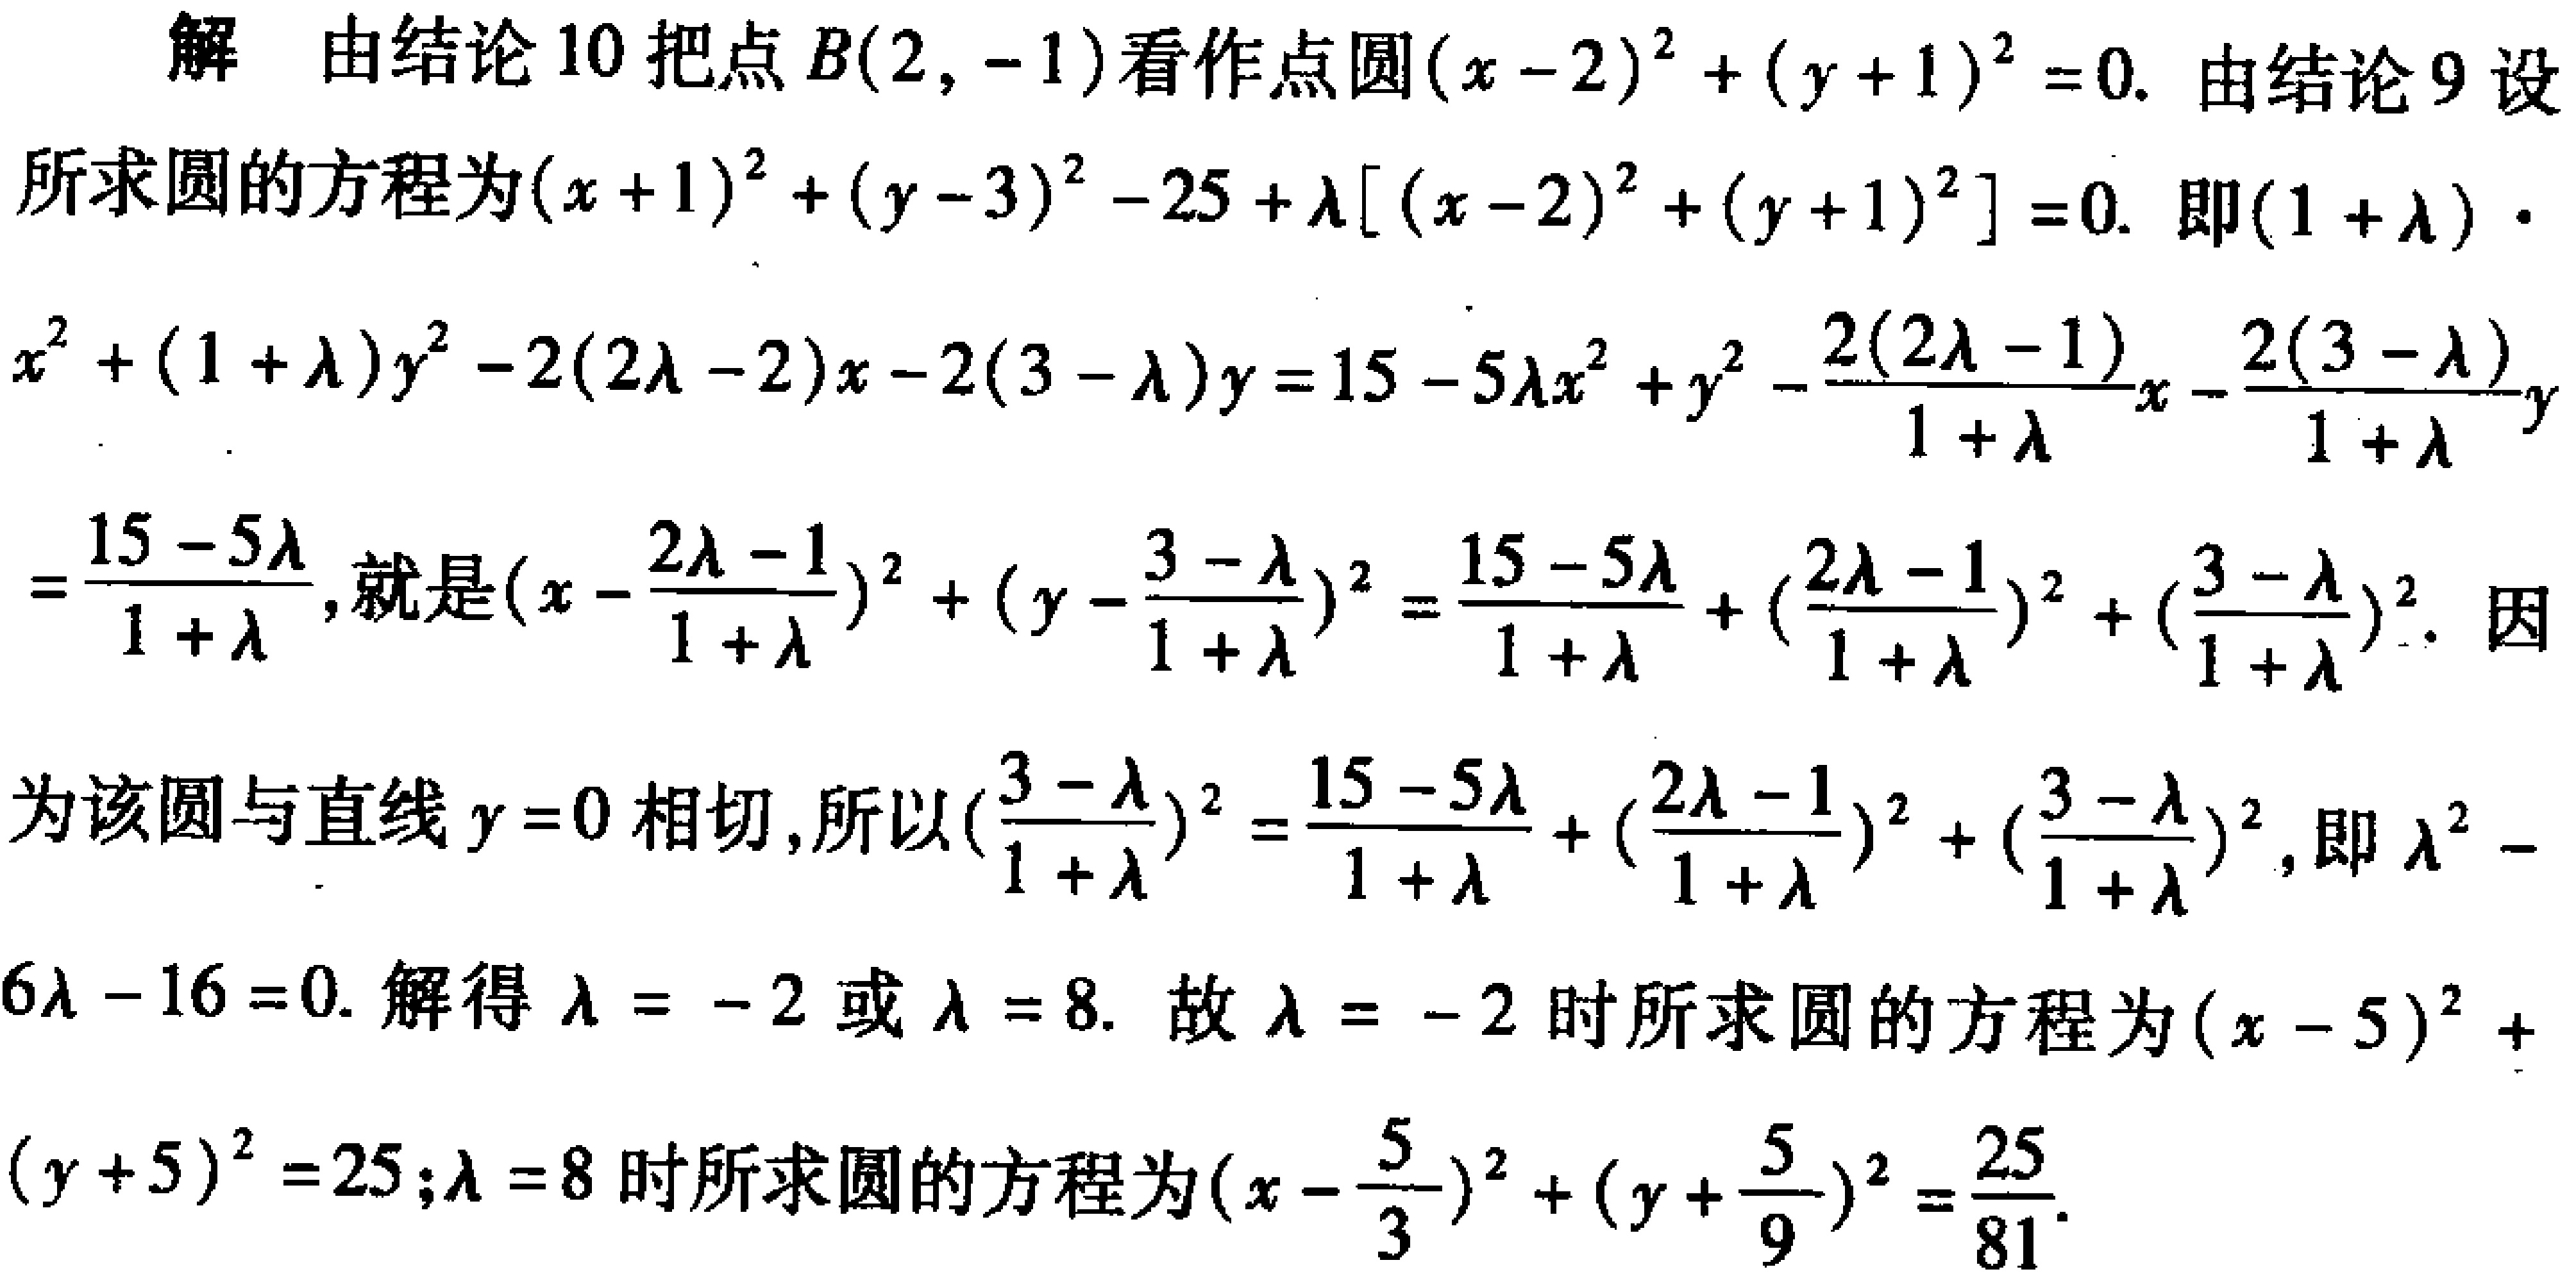
解 由结论 10 把点 \(B(2, -1)\) 看作点圆 \((x - 2)^2 + (y + 1)^2 = 0\). 由结论 9 设所求圆的方程为 \((x + 1)^2 + (y - 3)^2 - 25+\lambda[(x - 2)^2 + (y + 1)^2]=0\). 即 \((1 + \lambda)\cdot x^{2}+(1 + \lambda)y^{2}-2(2\lambda - 2)x - 2(3 - \lambda)y = 15 - 5\lambda x^{2}+y^{2}-\frac{2(2\lambda - 1)}{1 + \lambda}x-\frac{2(3 - \lambda)}{1 + \lambda}y=\frac{15 - 5\lambda}{1 + \lambda}\), 就是 \((x - \frac{2\lambda - 1}{1 + \lambda})^2+(y - \frac{3 - \lambda}{1 + \lambda})^2=\frac{15 - 5\lambda}{1 + \lambda}+(\frac{2\lambda - 1}{1 + \lambda})^2+(\frac{3 - \lambda}{1 + \lambda})^2\). 因为该圆与直线 \(y = 0\) 相切, 所以 \((\frac{3 - \lambda}{1 + \lambda})^2=\frac{15 - 5\lambda}{1 + \lambda}+(\frac{2\lambda - 1}{1 + \lambda})^2+(\frac{3 - \lambda}{1 + \lambda})^2\), 即 \(\lambda^{2}-6\lambda - 16 = 0\). 解得 \(\lambda=-2\) 或 \(\lambda = 8\). 故 \(\lambda=-2\) 时所求圆的方程为 \((x - 5)^2+(y + 5)^2 = 25\); \(\lambda = 8\) 时所求圆的方程为 \((x - \frac{5}{3})^2+(y+\frac{5}{9})^2=\frac{25}{81}\).